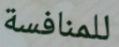
للمنافسة